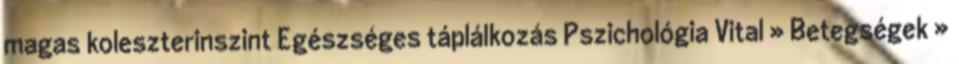
magas koleszterinszint Egészséges táplálkozás Pszichológia Vital » Betegségek »